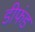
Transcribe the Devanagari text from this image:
डीफंड